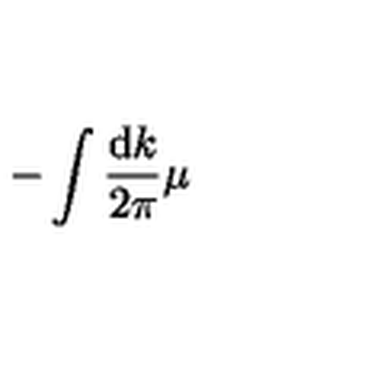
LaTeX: - \int \frac { \mathrm { d } k } { 2 \pi } \mu